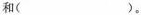
和( )。